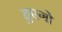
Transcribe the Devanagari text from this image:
हुएगो